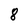
Character: 8